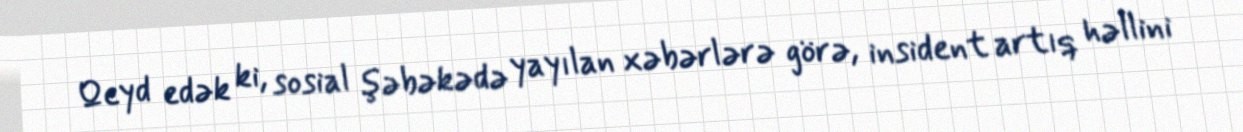
Qeyd edək ki, sosial şəbəkədə yayılan xəbərlərə görə, insident artıq həllini